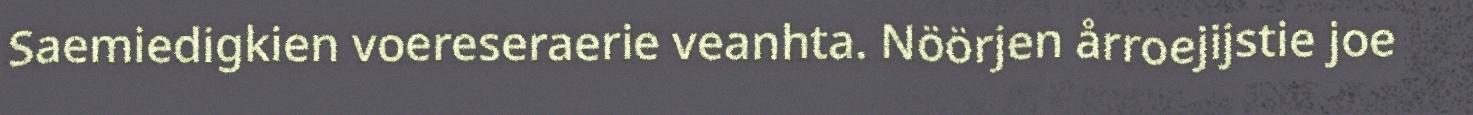
Saemiedigkien voereseraerie veanhta. Nöörjen årroejijstie joe